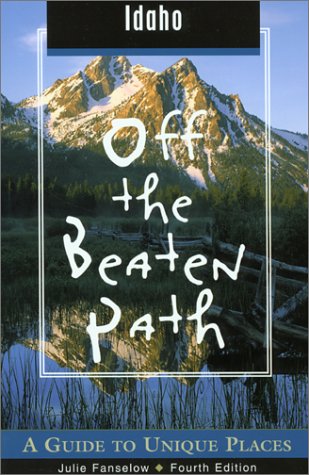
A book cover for Idaho Off the Beaten PathÂ®, 4th: A Guide to Unique Places (Off the Beaten Path Series); Julie Fanselow; Travel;